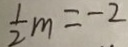
\frac { 1 } { 2 } m = - 2